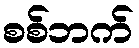
စစ်ဘက်